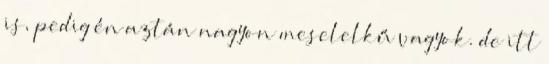
is, pedig én aztán nagyon meselelkű vagyok. de itt